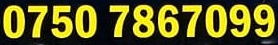
0750 7867099